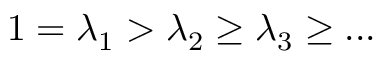
1 = \lambda _ { 1 } > \lambda _ { 2 } \geq \lambda _ { 3 } \geq . . .